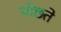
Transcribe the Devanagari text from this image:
पोछते